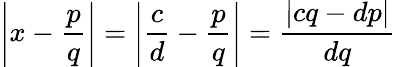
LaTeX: \left|x-{\frac{p}{q}}\right|=\left|{\frac{c}{d}}-{\frac{p}{q}}\right|={\frac{|cq-dp|}{dq}}